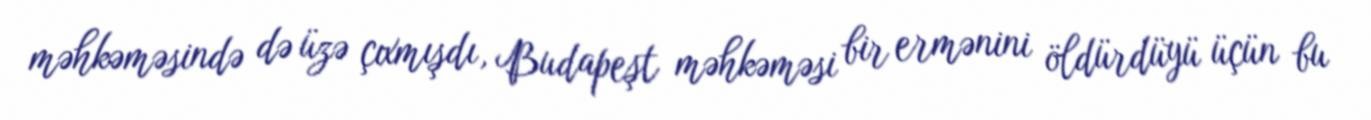
məhkəməsində də üzə çıxmışdı, Budapeşt məhkəməsi bir ermənini öldürdüyü üçün bu